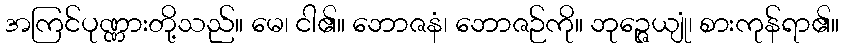
အကြင်ပုဏ္ဏားတို့သည်။ မေ၊ ငါ၏။ ဘောဇနံ၊ ဘောဇဉ်ကို။ ဘုဉ္ဇေယျုံ၊ စားကုန်ရာ၏။